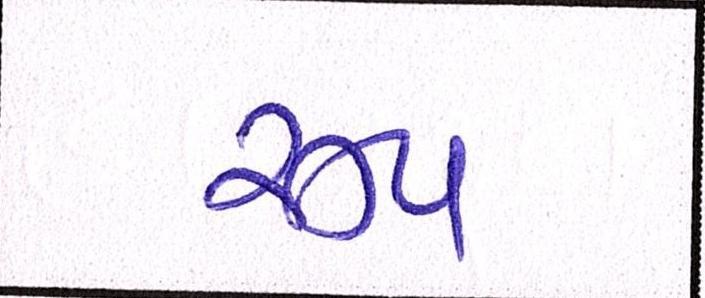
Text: રૂપ